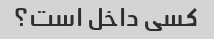
کسی داخل است؟